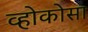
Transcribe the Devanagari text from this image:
व्होकोसा